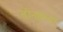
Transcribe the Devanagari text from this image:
तीनशेच्या